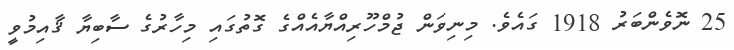
25 ނޮވެންބަރު 1918 ގައެވެ. މިނިވަން ޖުމްހޫރިއްޔާއެއްގެ ގޮތުގައި މިހާރުގެ ސާބިޔާ ޤާއިމުވީ